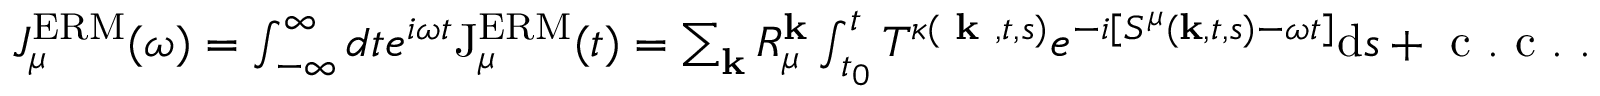
\begin{array} { r } { J _ { \mu } ^ { \mathrm { E R M } } ( \omega ) = \int _ { - \infty } ^ { \infty } d t e ^ { i \omega t } \mathrm { J } _ { \mu } ^ { \mathrm { E R M } } ( t ) = \sum _ { \mathbf { k } } R _ { \mu } ^ { \mathbf { k } } \int _ { t _ { 0 } } ^ { t } T ^ { \kappa ( \textbf { k } , t , s ) } e ^ { - i \left[ S ^ { \mu } ( \mathbf { k } , t , s ) - \omega t \right] } \mathrm { d } s + \mathrm { ~ c ~ . ~ c ~ . ~ } . } \end{array}